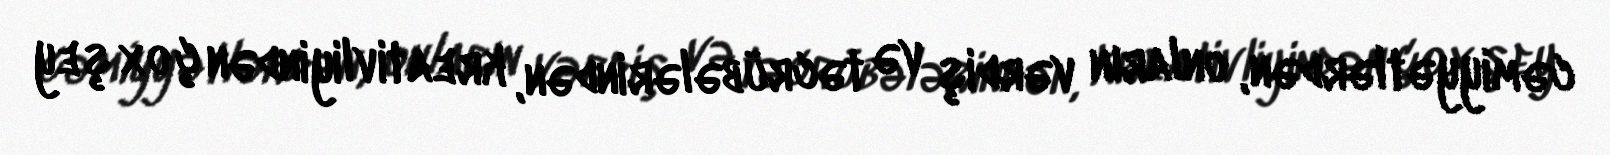
cəmiyyətlərdən, onların vərdiş və təcrübələrindən, kreativliyindən çox şey